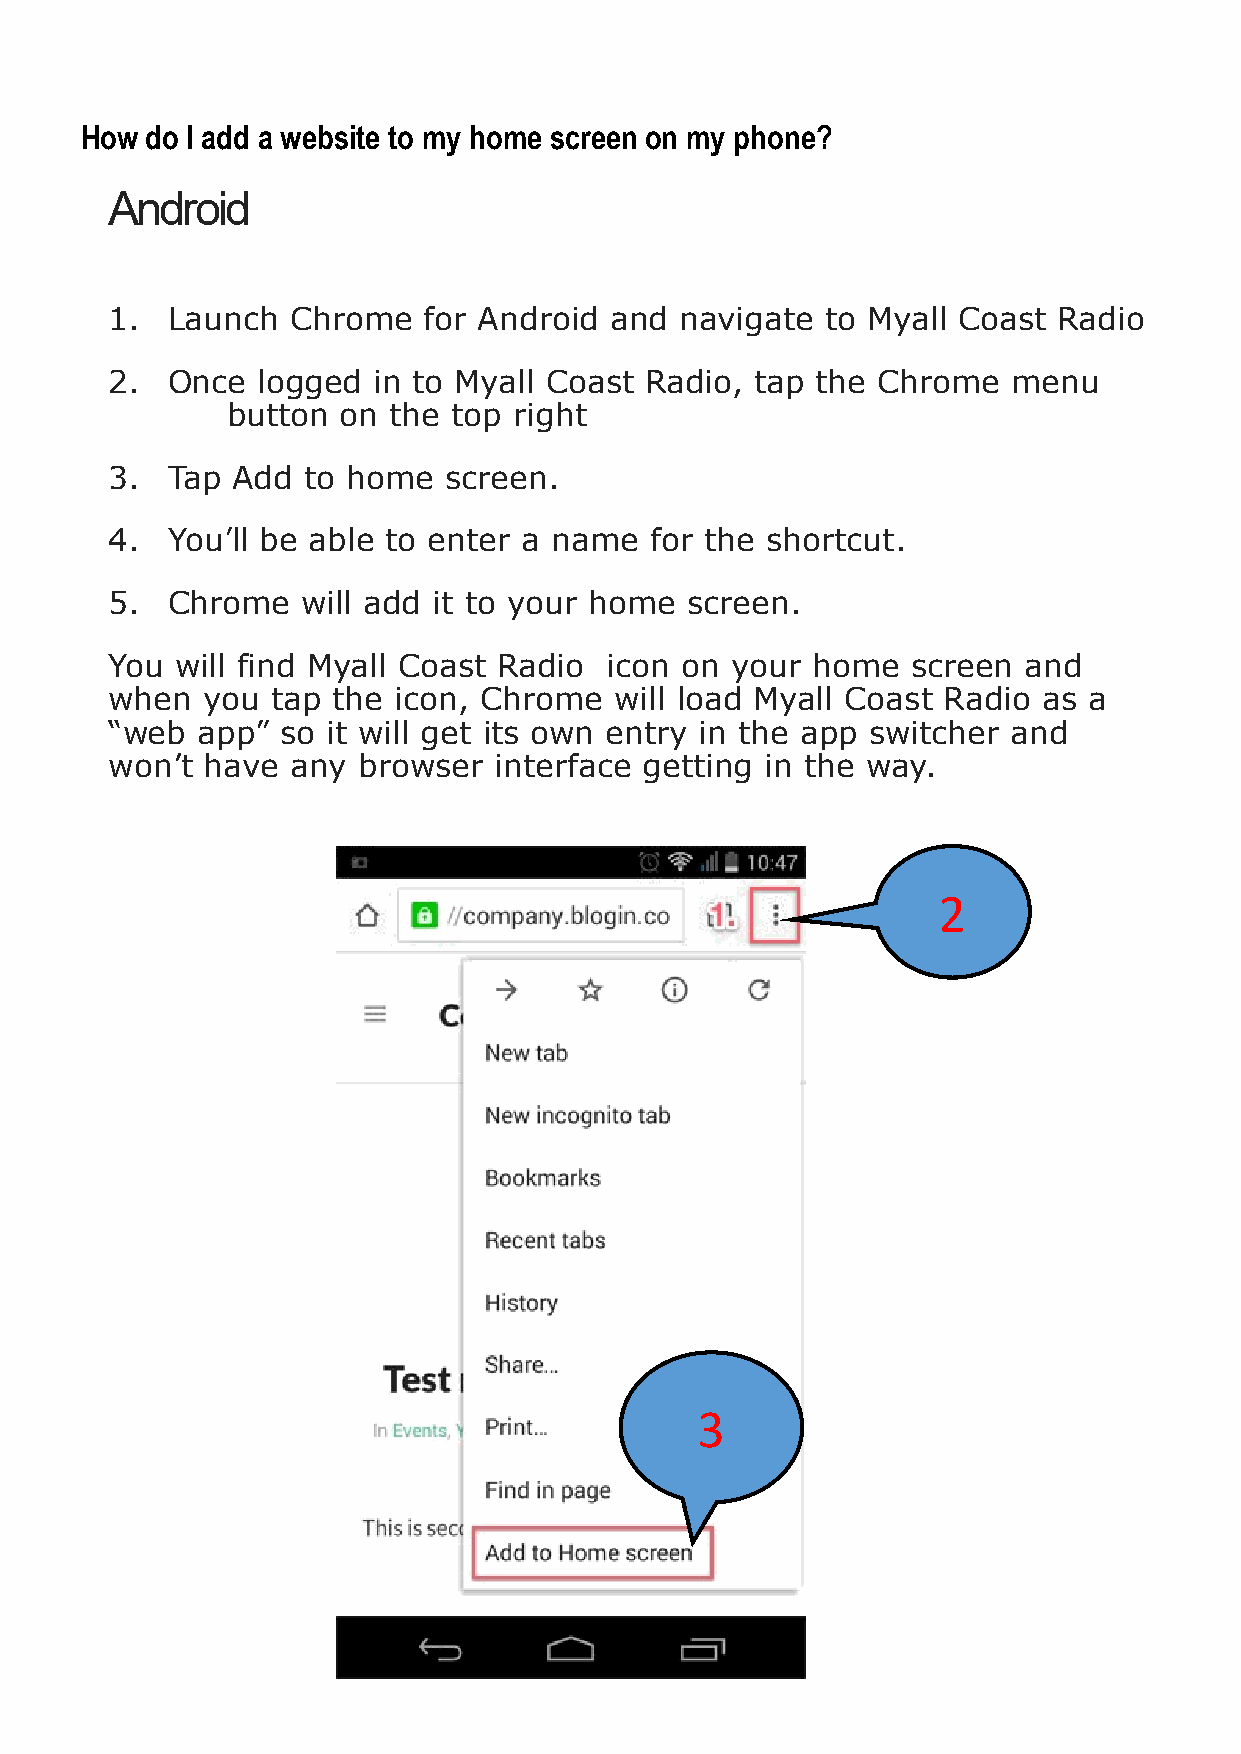
How  do I add a website to my home screen on my phone?
 Android
 1.  Launch  Chrome   for Android and  navigate  to Myall Coast Radio
 2.  Once  logged  in to Myall Coast Radio, tap the Chrome   menu
 button  on the top right
 3.  Tap Add  to home  screen.
 4.  You’ll be able to enter a name  for the shortcut.
 5.  Chrome   will add it to your home screen.
 You  will find Myall Coast Radio icon on your  home  screen  and
 when  you  tap the icon, Chrome   will load Myall Coast Radio as a
 “web  app”  so it will get its own entry in the app switcher and
 won’t  have any  browser  interface getting in the way.
 2
 3